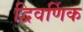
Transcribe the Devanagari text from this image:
द्विवर्णिक